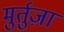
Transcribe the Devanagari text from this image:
मुर्तुज़ा